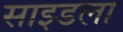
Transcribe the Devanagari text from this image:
साइडला